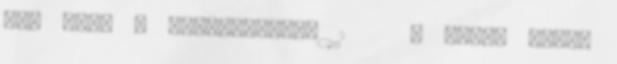
nem póz. - Joshua&Felix 1 3 oldal Ugrás